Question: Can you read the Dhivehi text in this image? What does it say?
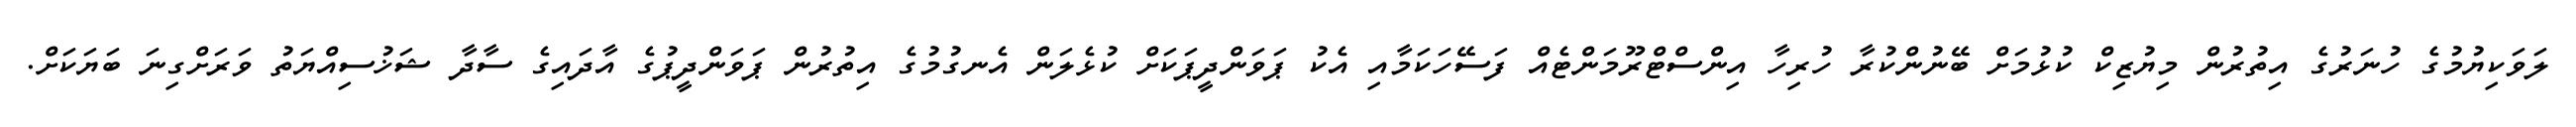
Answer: ލަވަކިޔުމުގެ ހުނަރުގެ އިތުރުން މިޔުޒިކް ކުޅުމަށް ބޭނުންކުރާ ހުރިހާ އިންސްޓްރޫމަންޓެއް ފަސޭހަކަމާއި އެކު ޕަވަންދީޕަކަށް ކުޅެލަން އެނގުމުގެ އިތުރުން ޕަވަންދީޕުގެ އާދައިގެ ސާދާ ޝަޚުސިއްޔަތު ވަރަށްގިނަ ބަޔަކަށް.